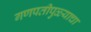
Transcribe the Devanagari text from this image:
गणपतीपुळ्याचा